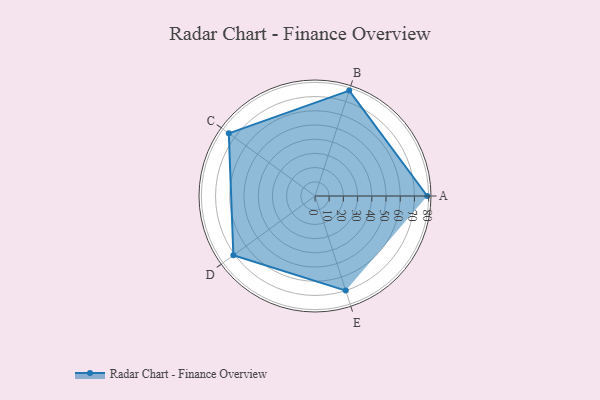
{"axis": {"x": "Skill", "y": "Score"}, "legend": ["Profile"], "data": [{"x": "A", "y": 79.0, "type": "Profile"}, {"x": "B", "y": 78.0, "type": "Profile"}, {"x": "C", "y": 75.0, "type": "Profile"}, {"x": "D", "y": 71.0, "type": "Profile"}, {"x": "E", "y": 70.0, "type": "Profile"}]}